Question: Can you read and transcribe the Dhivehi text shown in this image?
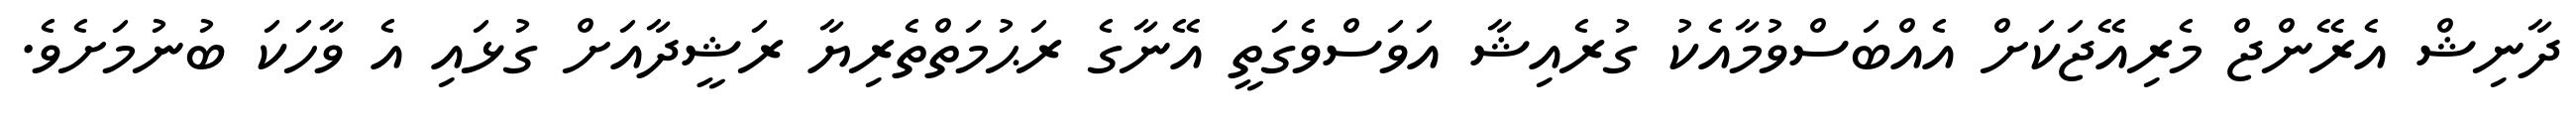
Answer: ދާނިޝް އެރޭންޖް މެރިއޭޖަކަށް އެއްބަސްވުމާއެކު ގުރެއިޝާ އަވަސްވެގަތީ އޭނާގެ ރަޙުމަތްތެރިޔާ ރަޝީދާއަށް ގުޅައި އެ ވާހަކަ ބުނުމަށެވެ.